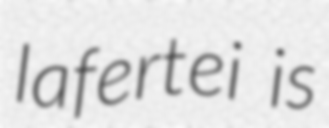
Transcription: lafertei is